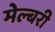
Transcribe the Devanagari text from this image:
मेल्बरी